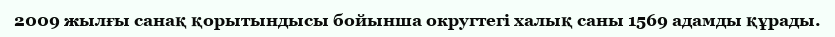
2009 жылғы санақ қорытындысы бойынша округтегі халық саны 1569 адамды құрады.